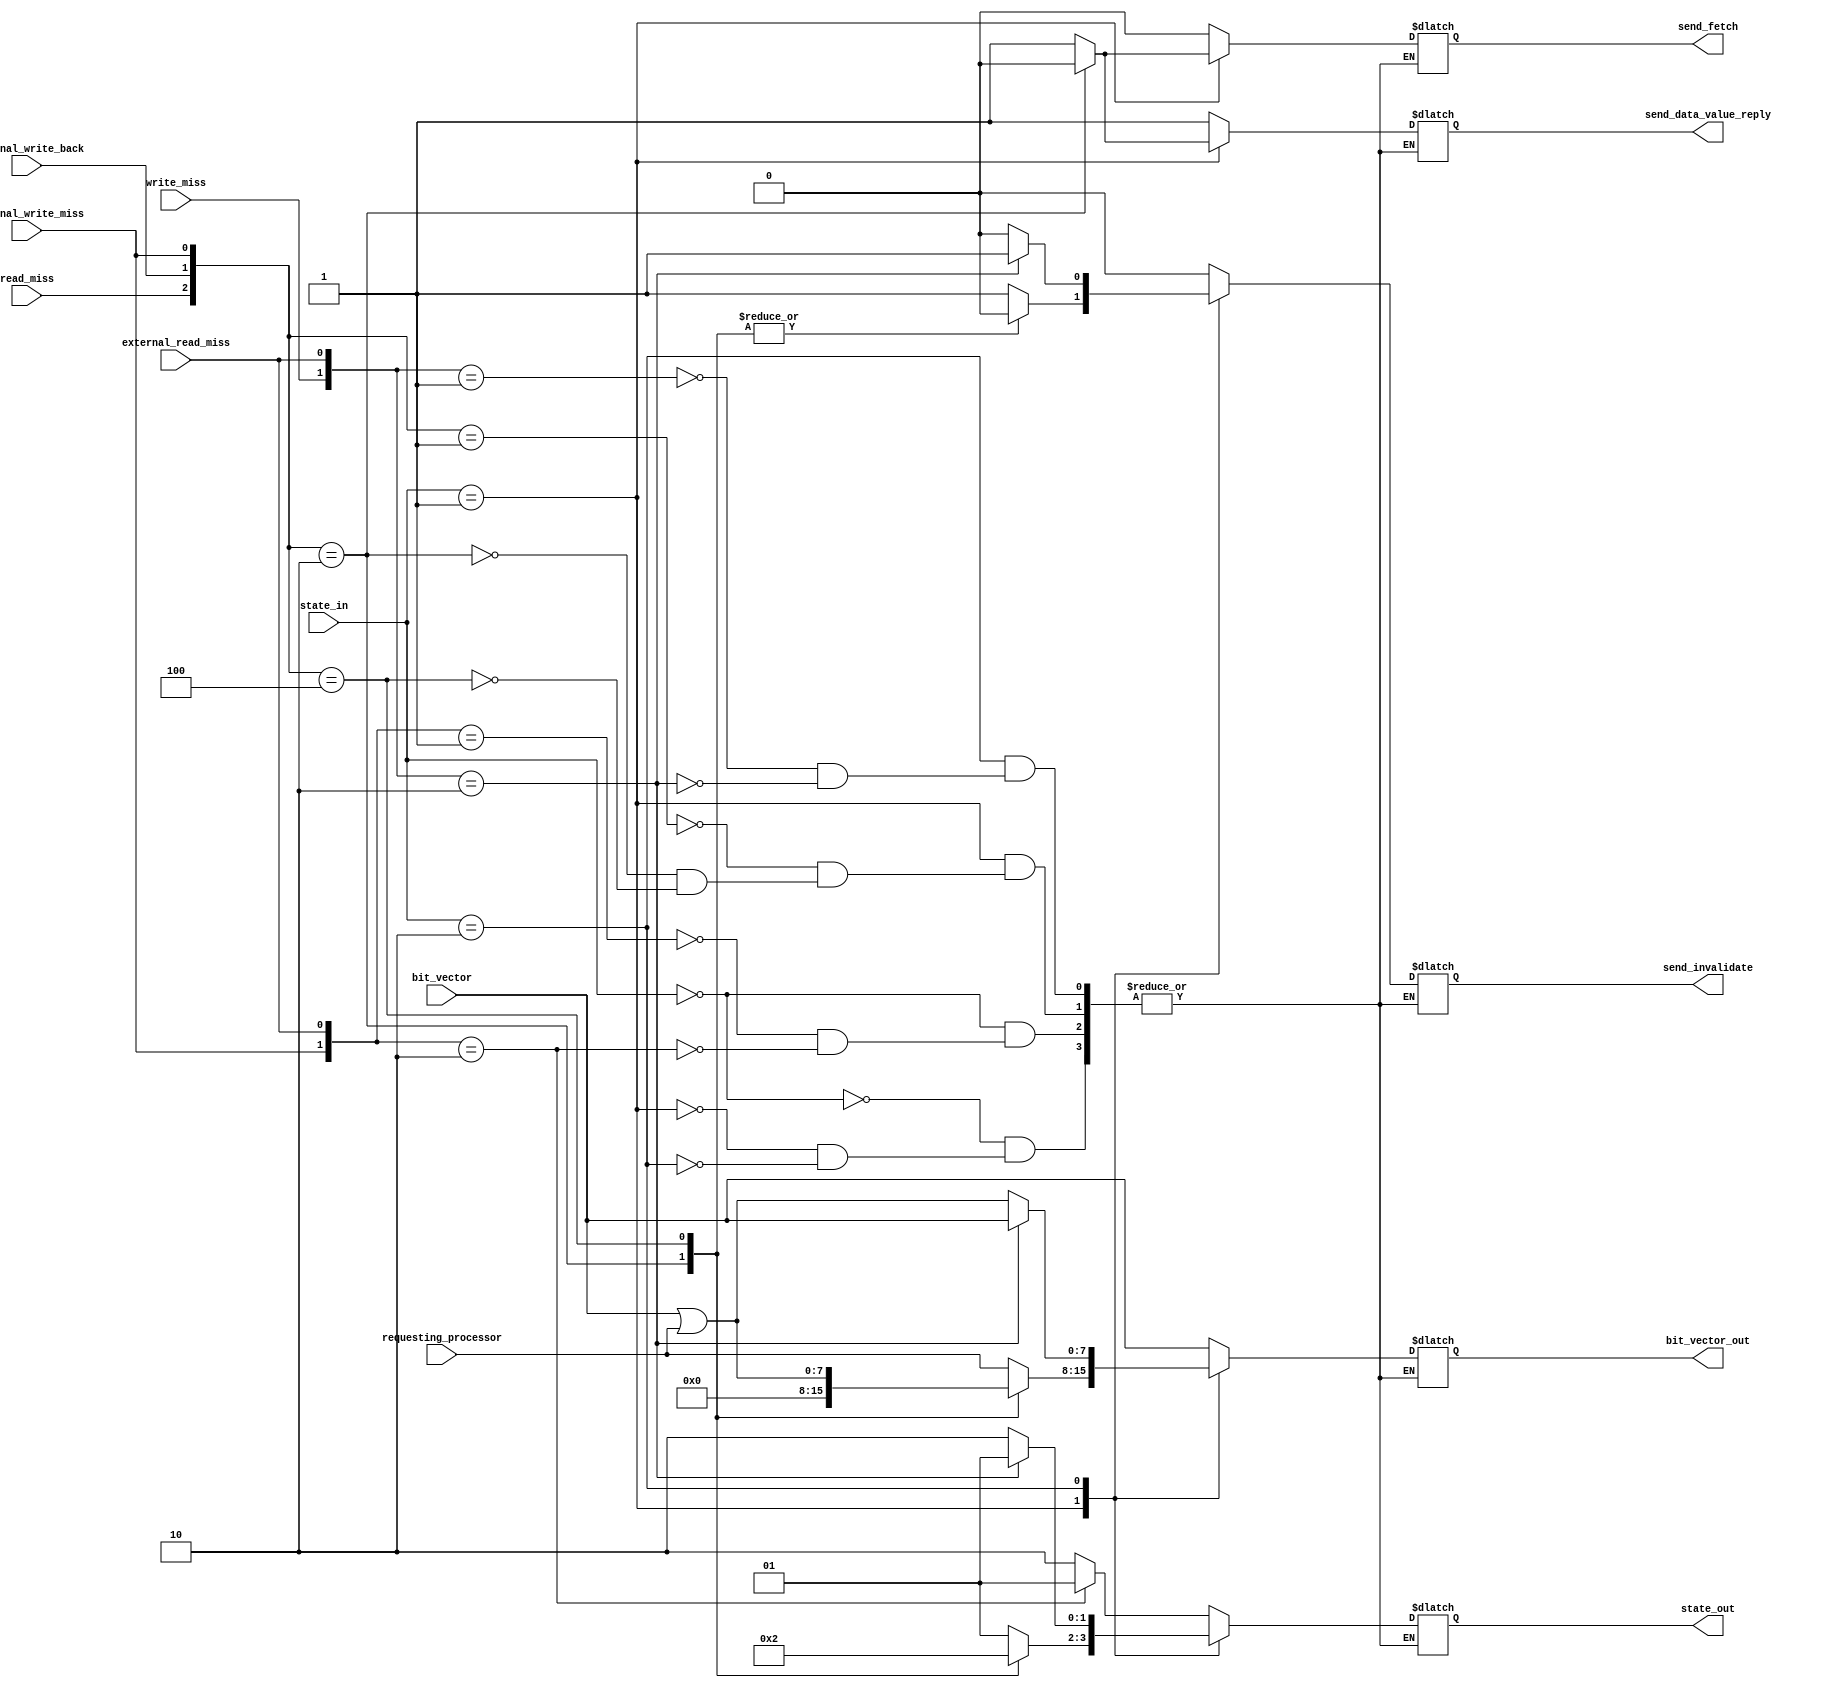
module FSM_DIRECTORY_table(
	input read_miss, write_miss,//within the directory
	input external_write_back, external_write_miss, external_read_miss,
	input [7:0] requesting_processor,
	input [1:0] state_in,
	input [7:0] bit_vector,// block's sharers 


	output reg send_fetch, send_invalidate, send_data_value_reply,
	output reg [1:0] state_out,
	output reg [7:0] bit_vector_out
	);
	parameter UNCACHED = 2'b0, EXCLUSIVE = 2'b01, SHARED = 2'b10;
// it was meant to be for at most 8 processors, which is the reason which the sharers(bitvector) is eight bits, as well as the processors indexing 
	initial begin
		send_fetch <= 1'b0;
		send_invalidate <= 1'b0;
		send_data_value_reply <= 1'b0;
		state_out <= UNCACHED;
		bit_vector_out <= 7'b0; 
	end
	always@(*) begin
		$display("t:  state_in %b rm %b wm %b ewb %b ewm %b wrm %b req %b bitv %b  -->>  state_out %b sf %b si %b sdvr %b bitvo %b",
			state_in, read_miss, write_miss, external_write_back, external_write_miss, external_read_miss, requesting_processor, bit_vector,
			state_out, send_fetch, send_invalidate, send_data_value_reply, bit_vector_out
		);
		case(state_in)
			UNCACHED:begin
				case({external_write_miss,external_read_miss})
					2'b01:begin
						send_fetch <= 1'b0;
						send_invalidate <= 1'b0;
						send_data_value_reply <= 1'b1;
						state_out <= SHARED;
						bit_vector_out <= bit_vector; 
					end
					2'b10:begin
						send_fetch <= 1'b0;
						send_invalidate <= 1'b0;
						send_data_value_reply <= 1'b1;
						state_out <= EXCLUSIVE;
						bit_vector_out <= bit_vector; 
					end
				endcase
			end
			EXCLUSIVE:begin
				case({read_miss,external_write_back,external_write_miss})
					3'b001:begin
						send_fetch <= 1'b1;
						send_invalidate <= 1'b1;
						send_data_value_reply <= 1'b1;
						state_out <= EXCLUSIVE;
						bit_vector_out <= requesting_processor; 
					end
					3'b010:begin
						send_fetch <= 1'b0;
						send_invalidate <= 1'b0;
						send_data_value_reply <= 1'b0;
						state_out <= UNCACHED;
						bit_vector_out <= 7'b0; 
					end
					3'b100:begin
						send_fetch <= 1'b1;
						send_invalidate <= 1'b0;
						send_data_value_reply <= 1'b1;
						state_out <= SHARED;
						bit_vector_out <= bit_vector | requesting_processor;// sharers U= p 
					end
				endcase
			end
			SHARED:begin
				case({write_miss,external_read_miss})
					2'b01:begin
						send_fetch <= 1'b0;
						send_invalidate <= 1'b0;
						send_data_value_reply <= 1'b1;
						state_out <= SHARED;
						bit_vector_out <= bit_vector | requesting_processor; 
					end
					2'b10:begin
						send_fetch <= 1'b0;
						send_invalidate <= 1'b1;
						send_data_value_reply <= 1'b1;
						state_out <= EXCLUSIVE;
						bit_vector_out <= bit_vector; 
					end
				endcase
			end
		endcase
	end
endmodule